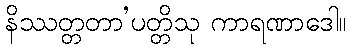
နိဿတ္တတာ’ပတ္တိသု ကာရဏာဒေါ။